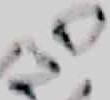
Text: NO